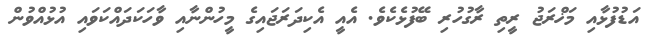
އަޑުފުޅާއި މަޚްރަޖު ރީތި ރާގުހުރި ބޭފުޅެކެވެ. އެއީ އެކިދަރަޖައިގެ މީހުންނާއި ވާހަކަދައްކަވައި އުޅުއްވުން